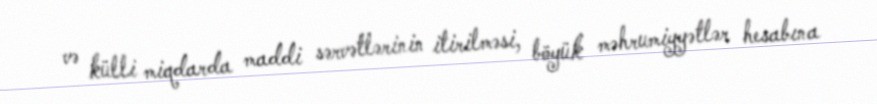
və külli miqdarda maddi sərvətlərinin itirilməsi, böyük məhrumiyyətlər hesabına